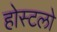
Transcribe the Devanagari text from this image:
होस्टलो